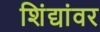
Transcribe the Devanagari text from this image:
शिंद्यांवर